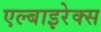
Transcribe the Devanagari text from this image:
एल्बाइरेक्स